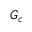
G _ { c }